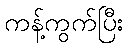
ကန့်ကွက်ပြီး